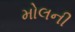
મોલની